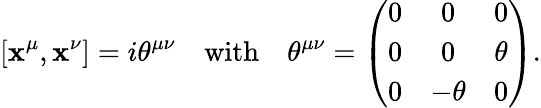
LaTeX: [\mathbf{x}^{\mu},\mathbf{x}^{\nu}]=i\theta^{\mu\nu}\quad\mathrm{{with}}\quad\theta^{\mu\nu}=\left(\begin{array}{ccc}{{0}}&{{0}}&{{0}}\\ {{0}}&{{0}}&{{\theta}}\\ {{0}}&{{-\theta}}&{{0}}\end{array}\right).